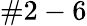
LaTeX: \# 2-6